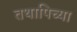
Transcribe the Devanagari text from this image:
तथापिच्या